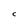
Character: C